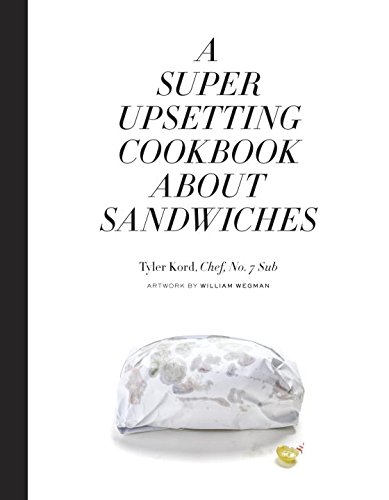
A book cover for A Super Upsetting Cookbook About Sandwiches; Tyler Kord; Cookbooks, Food & Wine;